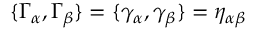
\{ \Gamma _ { \alpha } , \Gamma _ { \beta } \} = \{ \gamma _ { \alpha } , \gamma _ { \beta } \} = \eta _ { \alpha \beta }